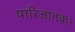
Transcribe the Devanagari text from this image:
पारिजातक।